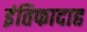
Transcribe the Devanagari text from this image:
इंतिफादाह